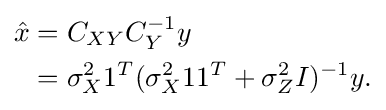
{\begin{aligned}{\hat {x}}&=C_{XY}C_{Y}^{-1}y\\&=\sigma _{X}^{2}1^{T}(\sigma _{X}^{2}11^{T}+\sigma _{Z}^{2}I)^{-1}y.\end{aligned}}